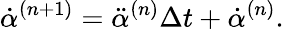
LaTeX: \dot{\alpha}^{(n+1)}=\ddot{\alpha}^{(n)}\Delta t+\dot{\alpha}^{(n)}.